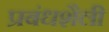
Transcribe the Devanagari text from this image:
प्रबंधशैली